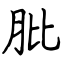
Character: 肶